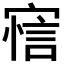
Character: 𰍖